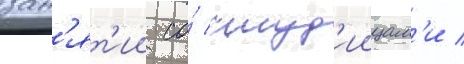
зан'ят'ии со́ студ'иицам'и /